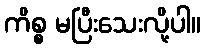
ကိစ္စ မပြီးသေးလို့ပါ။